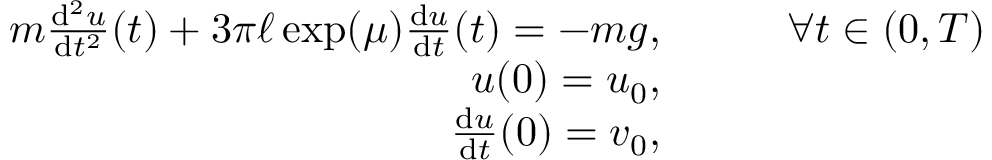
\begin{array} { r l } { m \frac { \mathrm { d } ^ { 2 } u } { \mathrm { d } t ^ { 2 } } ( t ) + 3 \pi \ell \exp ( \mu ) \frac { \mathrm { d } u } { \mathrm { d } t } ( t ) = - m g , } & { \qquad \forall t \in ( 0 , T ) } \\ { u ( 0 ) = u _ { 0 } , } & { } \\ { \frac { \mathrm { d } u } { \mathrm { d } t } ( 0 ) = v _ { 0 } , } & { } \end{array}